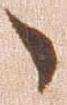
々